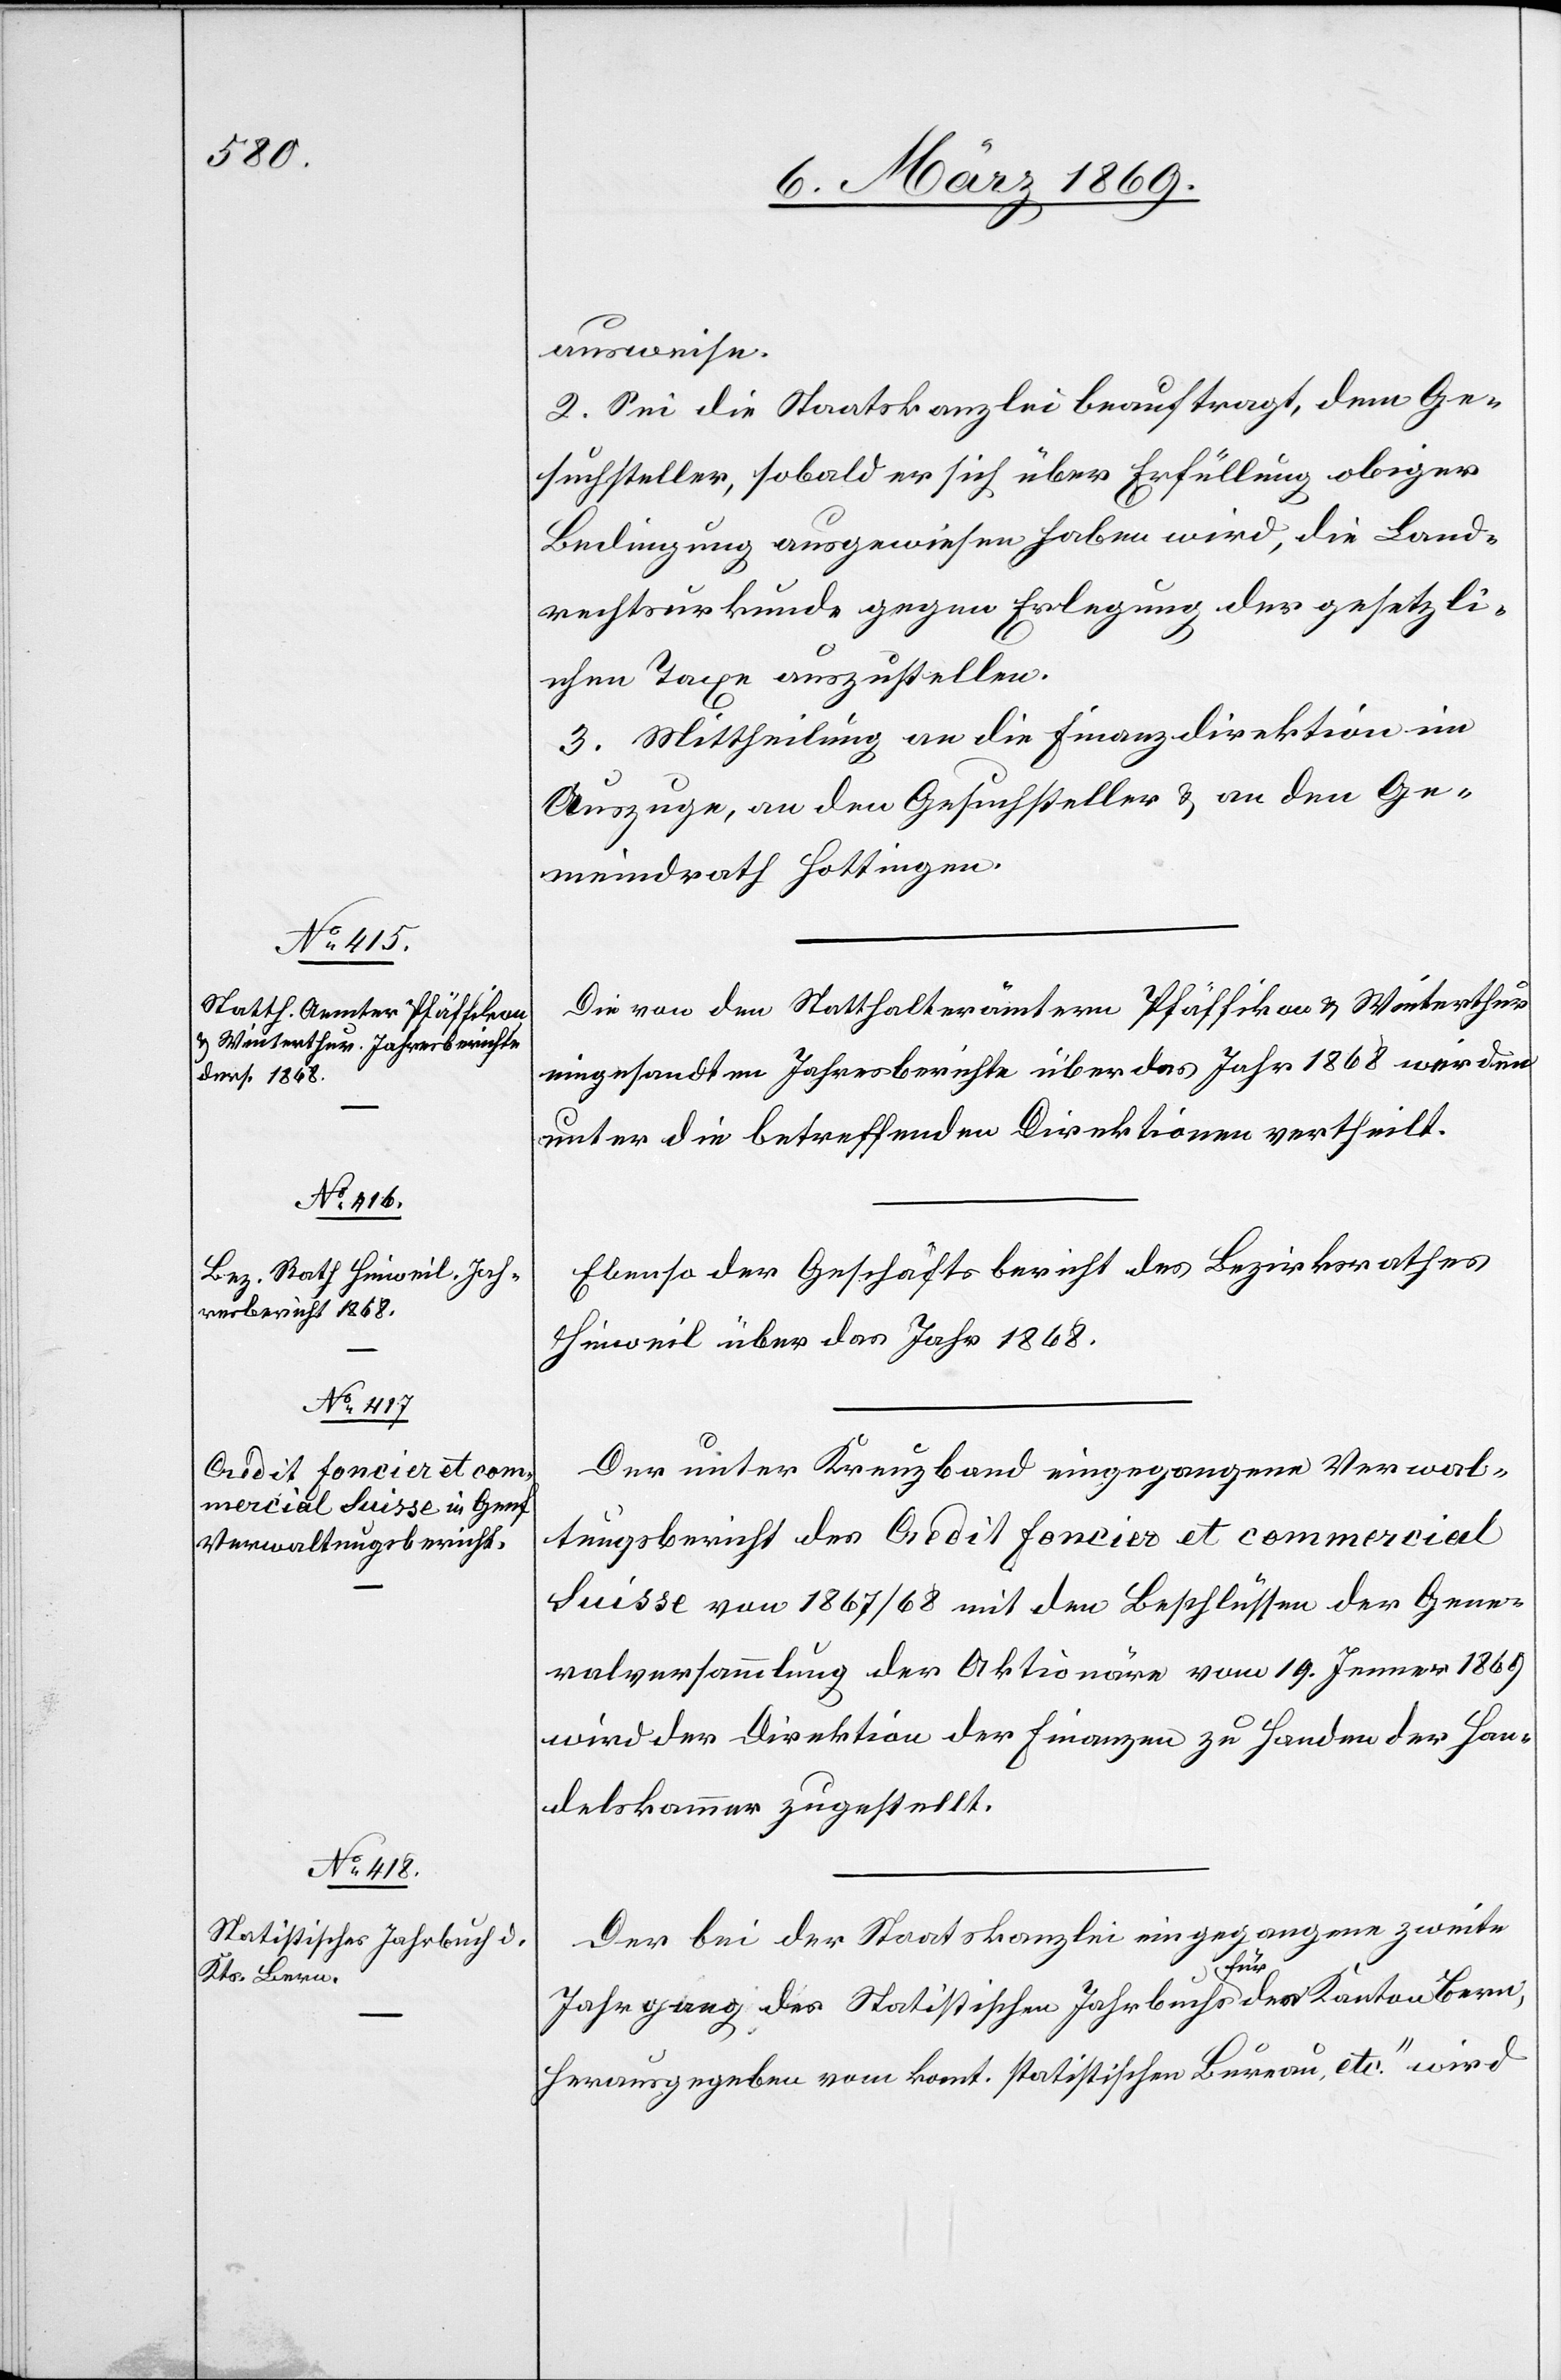
ausweise.
2. Sei die Staatskanzlei beauftragt, dem Ge¬
suchsteller, sobald er sich über Erfüllung obiger
Bedingung ausgewiesen haben wird, die Land¬
rechtsurkunde gegen Erlegung der gesetzli¬
chen Taxe auszustellen.
3. Mittheilung an die Finanzdirektion im
Auszuge, an den Gesuchsteller & an den Ge¬
meindrath Hottingen.
Die von den Statthalterämtern Pfäffikon & Winterthur
eingesandten Jahresberichte über das Jahr 1868 werden
unter die betreffenden Direktionen vertheilt.
Ebenso der Geschäftsbericht des Bezirksrathes
Hinweil über das Jahr 1868.
Der unter Kreuzband eingezogene Verwal¬
tungsbericht des Credit foncier et commercial
Suisse von 1867/68 mit den Beschlüssen der Gene¬
ralversammlung der Aktionäre vom 19. Jenner 1869
wird der Direktion der Finanzen zu Handen der Han¬
delskammer zugestellt.
Der bei der Staatskanzlei eingegangene zweite
setzung
Jahrgang des Statistischen Jahrbuchs für den Kanton Bern,
herausgegeben vom kant. Statistischen Bureau, etc.“ wird